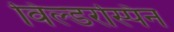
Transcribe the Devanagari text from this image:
विल्डरस्पिन